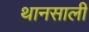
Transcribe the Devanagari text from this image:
थानसाली